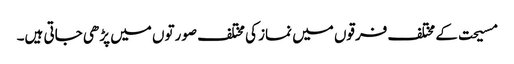
مسیحت کے مختلف فرقوں میں نماز کی مختلف صورتوں میں پڑھی جاتی ہیں۔